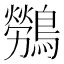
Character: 𮭖